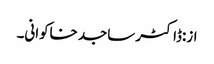
از:ڈاکٹر ساجد خاکوانی۔